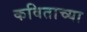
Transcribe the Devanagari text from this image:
कविताच्या